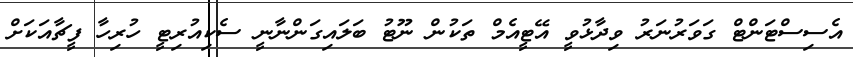
އެސިސްޓަންޓް ގަވަރުނަރު ވިދާޅުވީ އޭޓީއެމް ތަކުން ނޫޓު ބަލައިގަންނާނީ ސެކިއުރިޓީ ހުރިހާ ފީޗާއަކަށް